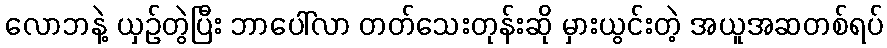
လောဘနဲ့ ယှဉ်တွဲပြီး ဘာပေါ်လာ တတ်သေးတုန်းဆို မှားယွင်းတဲ့ အယူအဆတစ်ရပ်